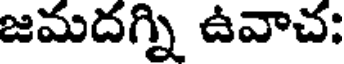
జమదగ్ని ఉవాచ;